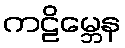
ကဠိမ္ဘေန